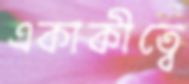
একাকীত্বে